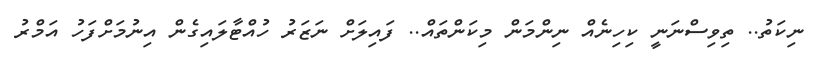
ނިކަތު.. ތިވިސްނަނީ ކިހިނެއް ނިންމަން މިކަންތައް.. ފައިލަށް ނަޒަރު ހުއްޓާލައިގެން އިނުމަށްފަހު އަމްރު